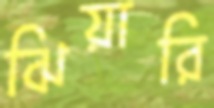
ঝিয়ারি